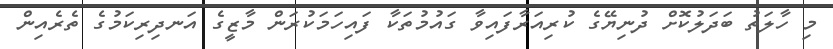
މި ހާލަތު ބަދަލުކޮށް ދުނިޔޭގެ ކުރިއަރާފައިވާ ގައުމުތަކާ ފައިހަމަކުރަން މާޒީގެ އަނދިރިކަމުގެ ތެރެއިން